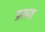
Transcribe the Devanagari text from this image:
प्राण्त